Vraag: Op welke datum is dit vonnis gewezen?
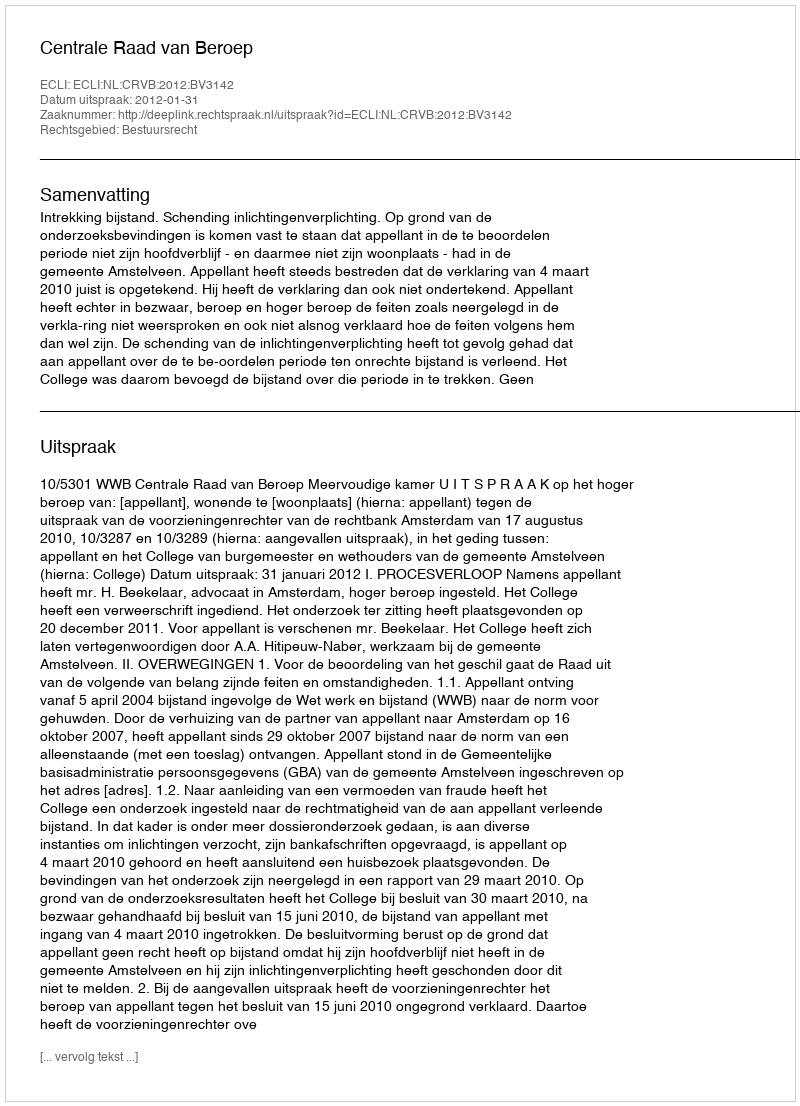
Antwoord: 2012-01-31